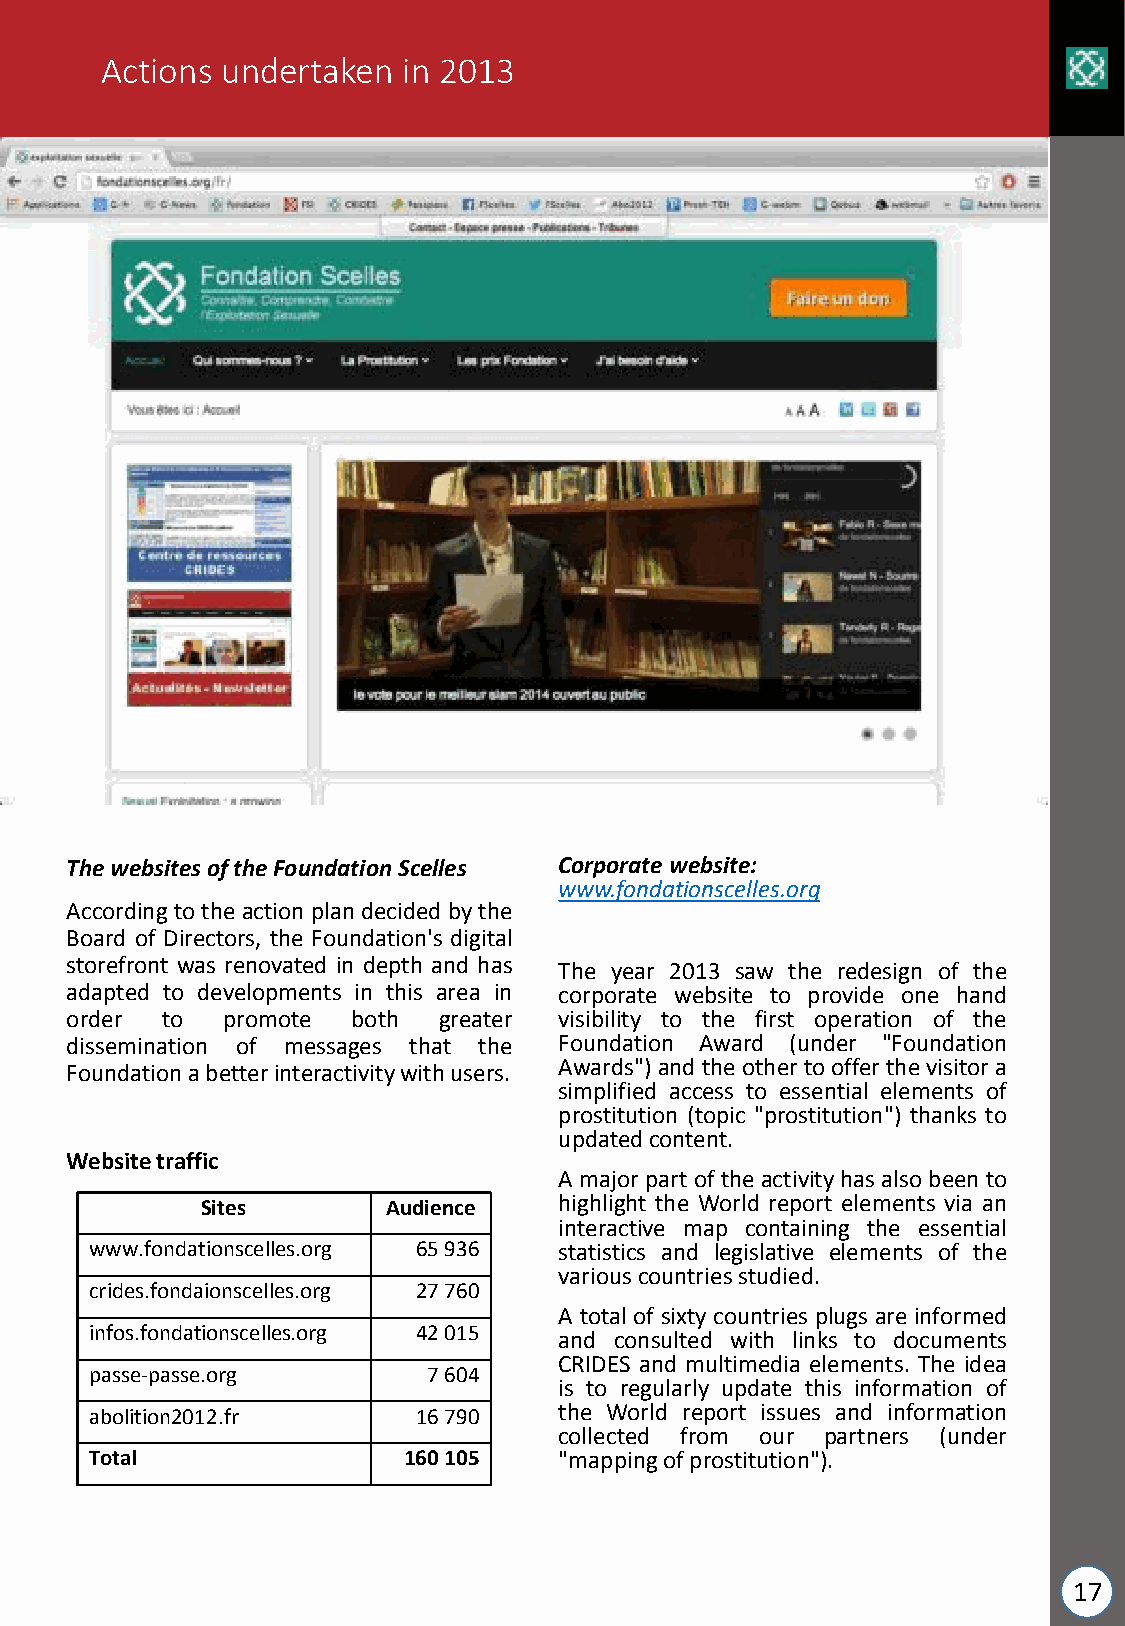
Actions undertaken  in 2013
 The websites of the Foundation Scelles Corporate website:
 www.fondationscelles.org
 According to the action plan decided bythe
 Board of Directors, the Foundation's digital
 storefront was renovated in depth and has The year 2013 saw the redesign of the
 adapted to developments in this area in corporate website to provide one hand
 order  to  promote both  greater visibility to the first operation of the
 dissemination of messages that the Foundation Award (under "Foundation
 Awards")andthe otherto offerthe visitor a
 Foundationabetterinteractivitywithusers.
 simplified access to essential elements of
 prostitution (topic "prostitution") thanks to
 updatedcontent.
 Website traffic
 A majorpart ofthe activityhas also beento
 Sites        Audience   highlight the World report elements via an
 interactive map containing the essential
 www.fondationscelles.org 65 936 statistics and legislative elements of the
 variouscountriesstudied.
 crides.fondaionscelles.org 27 760
 A total of sixty countries plugs are informed
 infos.fondationscelles.org 42 015
 and consulted with links to documents
 CRIDES and multimedia elements. The idea
 passe-passe.org       7 604
 is to regularly update this information of
 abolition2012.fr      16 790   the World report issues and information
 collected from our partners (under
 Total                160 105   "mappingofprostitution").
 17